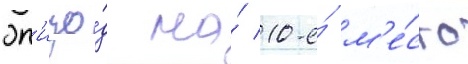
эп'изо́д на́ 10-е́ м'е́сто